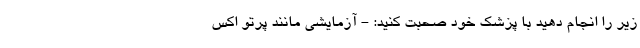
زیر را انجام دهید با پزشک خود صحبت کنید: - آزمایشی مانند پرتو اکس